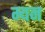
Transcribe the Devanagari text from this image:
म्यन